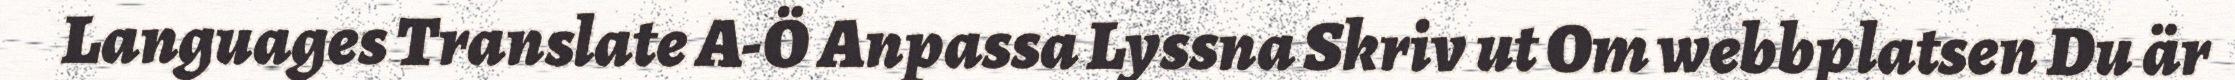
Languages Translate A-Ö Anpassa Lyssna Skriv ut Om webbplatsen Du är